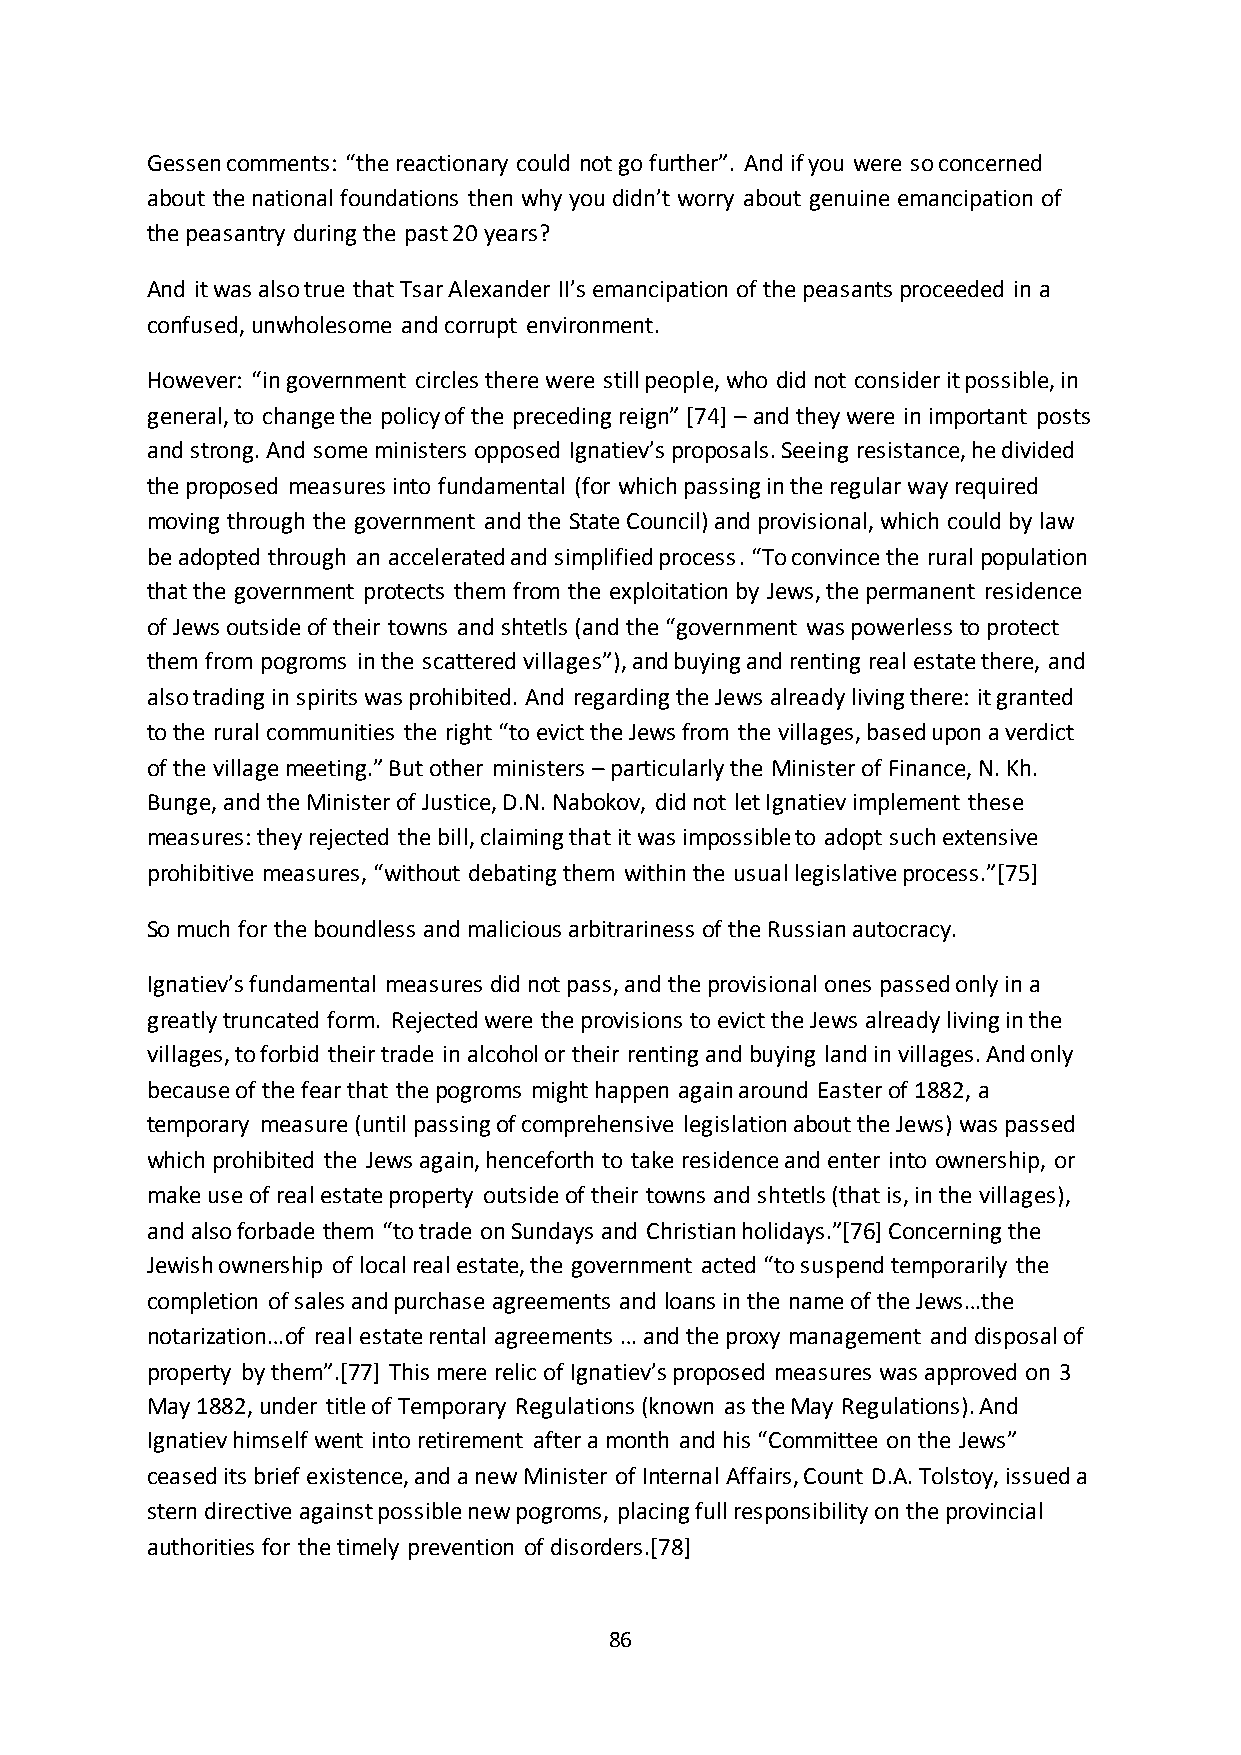
Gessen comments: “the reactionary could not go further”. And if you were so concerned
 about the national foundations then why you didn’t worry about genuine emancipation of
 the peasantry during the past 20 years?
 And it was also true that Tsar Alexander II’s emancipation of the peasants proceeded in a
 confused, unwholesome and corrupt environment.
 However: “in government circles there were still people, who did not consider it possible, in
 general, to change the policy of the preceding reign” *74+ – and they were in important posts
 and strong. And some ministers opposed Ignatiev’s proposals. Seeing resistance, he divided
 the proposed measures into fundamental (for which passing in the regular way required
 moving through the government and the State Council) and provisional, which could by law
 be adopted through an accelerated and simplified process. “To convince the rural population
 that the government protects them from the exploitation by Jews, the permanent residence
 of Jews outside of their towns and shtetls (and the “government was powerless to protect
 them from pogroms in the scattered villages”), and buying and renting real estate there, and
 also trading in spirits was prohibited. And regarding the Jews already living there: it granted
 to the rural communities the right “to evict the Jews from the villages, based upon a verdict
 of the village meeting.” But other ministers – particularly the Minister of Finance, N. Kh.
 Bunge, and the Minister of Justice, D.N. Nabokov, did not let Ignatiev implement these
 measures: they rejected the bill, claiming that it was impossible to adopt such extensive
 prohibitive measures, “without debating them within the usual legislative process.”*75+
 So much for the boundless and malicious arbitrariness of the Russian autocracy.
 Ignatiev’s fundamental measures did not pass, and the provisional ones passed only in a
 greatly truncated form. Rejected were the provisions to evict the Jews already living in the
 villages, to forbid their trade in alcohol or their renting and buying land in villages. And only
 because of the fear that the pogroms might happen again around Easter of 1882, a
 temporary measure (until passing of comprehensive legislation about the Jews) was passed
 which prohibited the Jews again, henceforth to take residence and enter into ownership, or
 make use of real estate property outside of their towns and shtetls (that is, in the villages),
 and also forbade them “to trade on Sundays and Christian holidays.”*76+ Concerning the
 Jewish ownership of local real estate, the government acted “to suspend temporarily the
 completion of sales and purchase agreements and loans in the name of the Jews…the
 notarization…of real estate rental agreements … and the proxy management and disposal of
 property by them”.*77+ This mere relic of Ignatiev’s proposed measures was approved on 3
 May 1882, under title of Temporary Regulations (known as the May Regulations). And
 Ignatiev himself went into retirement after a month and his “Committee on the Jews”
 ceased its brief existence, and a new Minister of Internal Affairs, Count D.A. Tolstoy, issued a
 stern directive against possible new pogroms, placing full responsibility on the provincial
 authorities for the timely prevention of disorders.[78]
 86